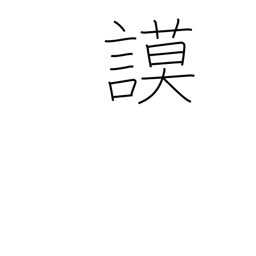
Meaning: deliberate